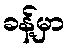
ခန့်မှာ